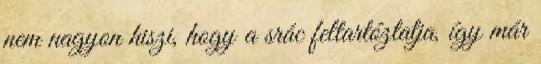
nem nagyon hiszi, hogy a srác feltartóztatja, így már